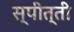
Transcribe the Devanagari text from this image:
स्पीत्ती